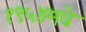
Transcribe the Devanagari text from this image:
१९५४मधे